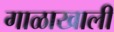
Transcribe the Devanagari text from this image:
गाळाखाली